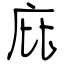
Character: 庇